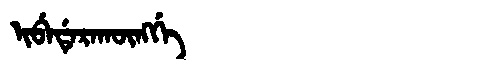
Manchu: ᡳᠪᡝᡩᡝᡵᠠᡴᡡᠩᡤᡝ
Romanization: IBEDERAKŪNGGE